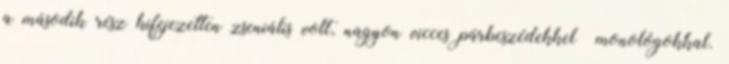
a második rész kifejezetten zseniális volt, nagyon vicces párbeszédekkel monológokkal.